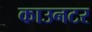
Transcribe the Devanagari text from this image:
काउनटर